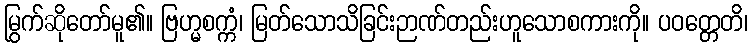
မြွက်ဆိုတော်မူ၏။ ဗြဟ္မစက္ကံ၊ မြတ်သောသိခြင်းဉာဏ်တည်းဟူသောစကားကို။ ပဝတ္တေတိ၊